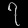
Digit: ၇